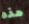
هذه